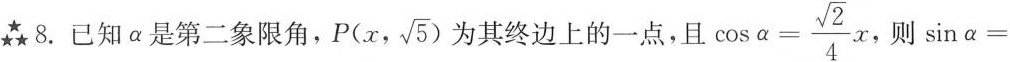
★8.已知α是第二象限角， $$P(x, \sqrt{5})$$ 为其终边上的一点，且 $$\cos \alpha = \frac{\sqrt{2}}{4}x$$ ，则\sin\alpha=